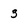
Character: 3